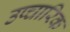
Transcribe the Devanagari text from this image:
उप्चारिक